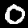
Digit: 0